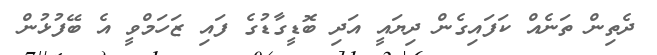
ދެތިން ތަނެއް ކަފައިގެން ދިޔައީ އަދި ބޮޑީގާޑުގެ ފައި ޒަހަމްވީ އެ ބޭފުޅުން